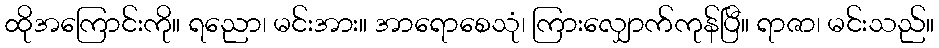
ထိုအကြောင်းကို။ ရညော၊ မင်းအား။ အာရောစေသုံ၊ ကြားလျှောက်ကုန်ပြီ။ ရာဇာ၊ မင်းသည်။